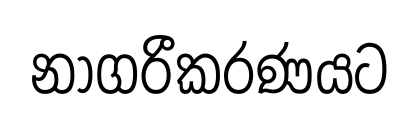
නාගරීකරණයට